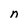
Character: n